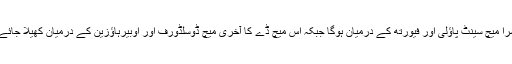
دوسرا میچ سینٹ پاؤلی اور فیورتھ کے درمیان ہوگا جبکہ اس میچ ڈے کا آخری میچ ڈوسلڈورف اور اوبیرہاؤزین کے درمیان کھیلا جائے گا۔